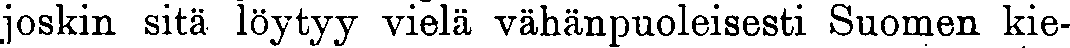
joskin sitä löytyy vielä vähänpuoleisesti Suomen kie-